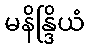
မနိန္ဒြိယံ